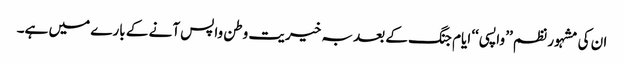
ان کی مشہور نظم ’’ واپسی ‘‘ ایام جنگ کے بعد بہ خیریت وطن واپس آنے کے بارے میں ہے۔